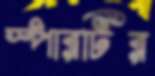
স্পারটির